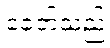
ခေတ်သည်